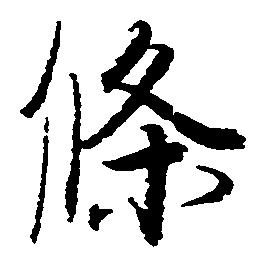
条